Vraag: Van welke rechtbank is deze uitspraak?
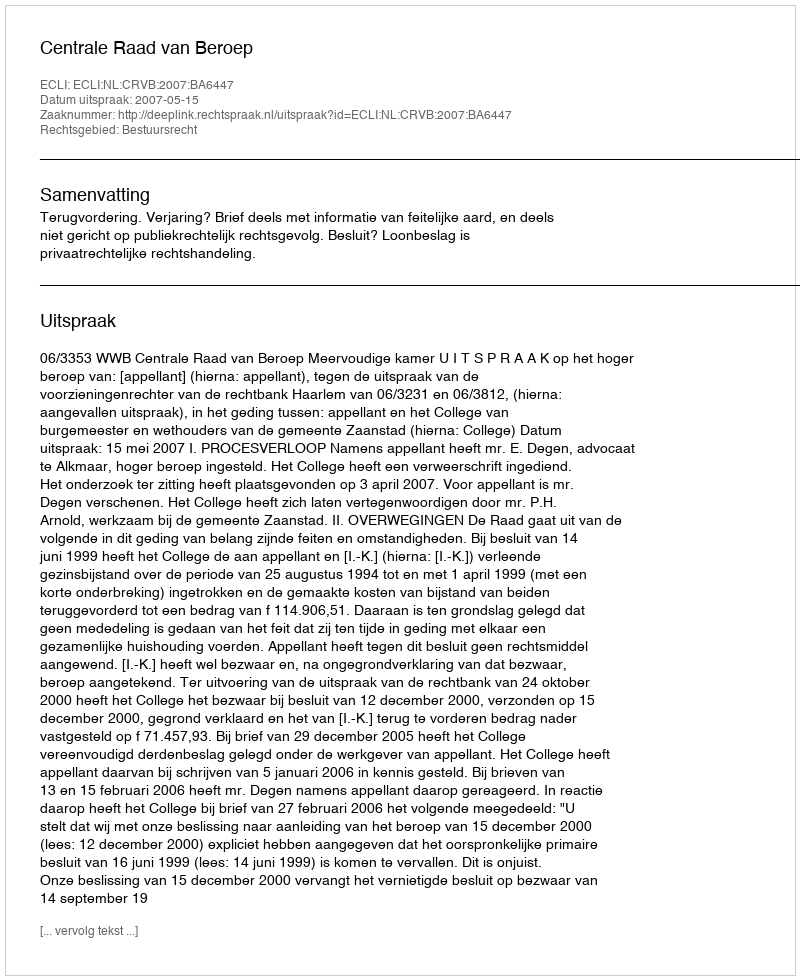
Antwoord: Centrale Raad van Beroep